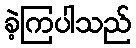
ခဲ့ကြပါသည်